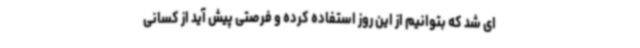
ای شد که بتوانیم از این روز استفاده کرده و فرصتی پیش آید از کسانی